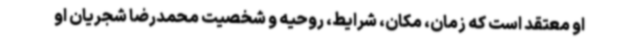
او معتقد است که زمان، مکان، شرایط، روحیه و شخصیت محمدرضا شجریان او